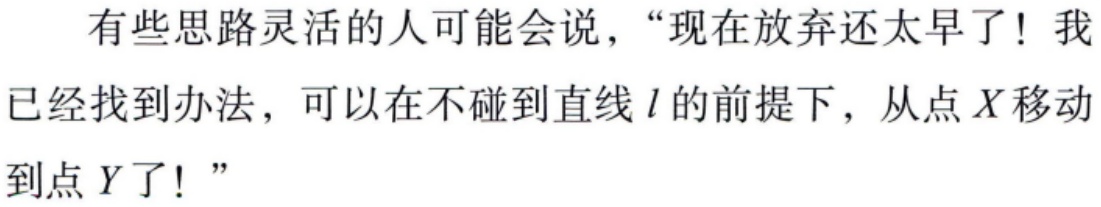
有些思路灵活的人可能会说，“现在放弃还太早了！我已经找到办法，可以在不碰到直线 \(l\) 的前提下，从点 \(X\) 移动到点 \(Y\) 了！”